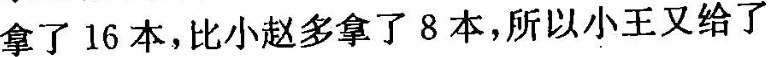
拿了16本，比小赵多拿了8本，所以小王又给了